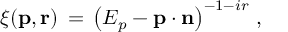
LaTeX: \xi ( { \bf p } , { \bf r } ) \, = \, \left( E _ { p } - { \bf p } \cdot { \bf n } \right) ^ { - 1 - i r } \, ,